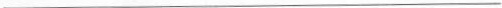
___